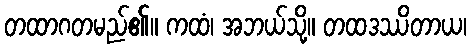
တထာဂတမည်၏။ ကထံ၊ အဘယ်သို့။ တထဒဿိတာယ၊